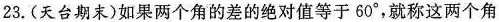
23.(天台期末)如果两个角的差的绝对值等于60^{\circ}，就称这两个角